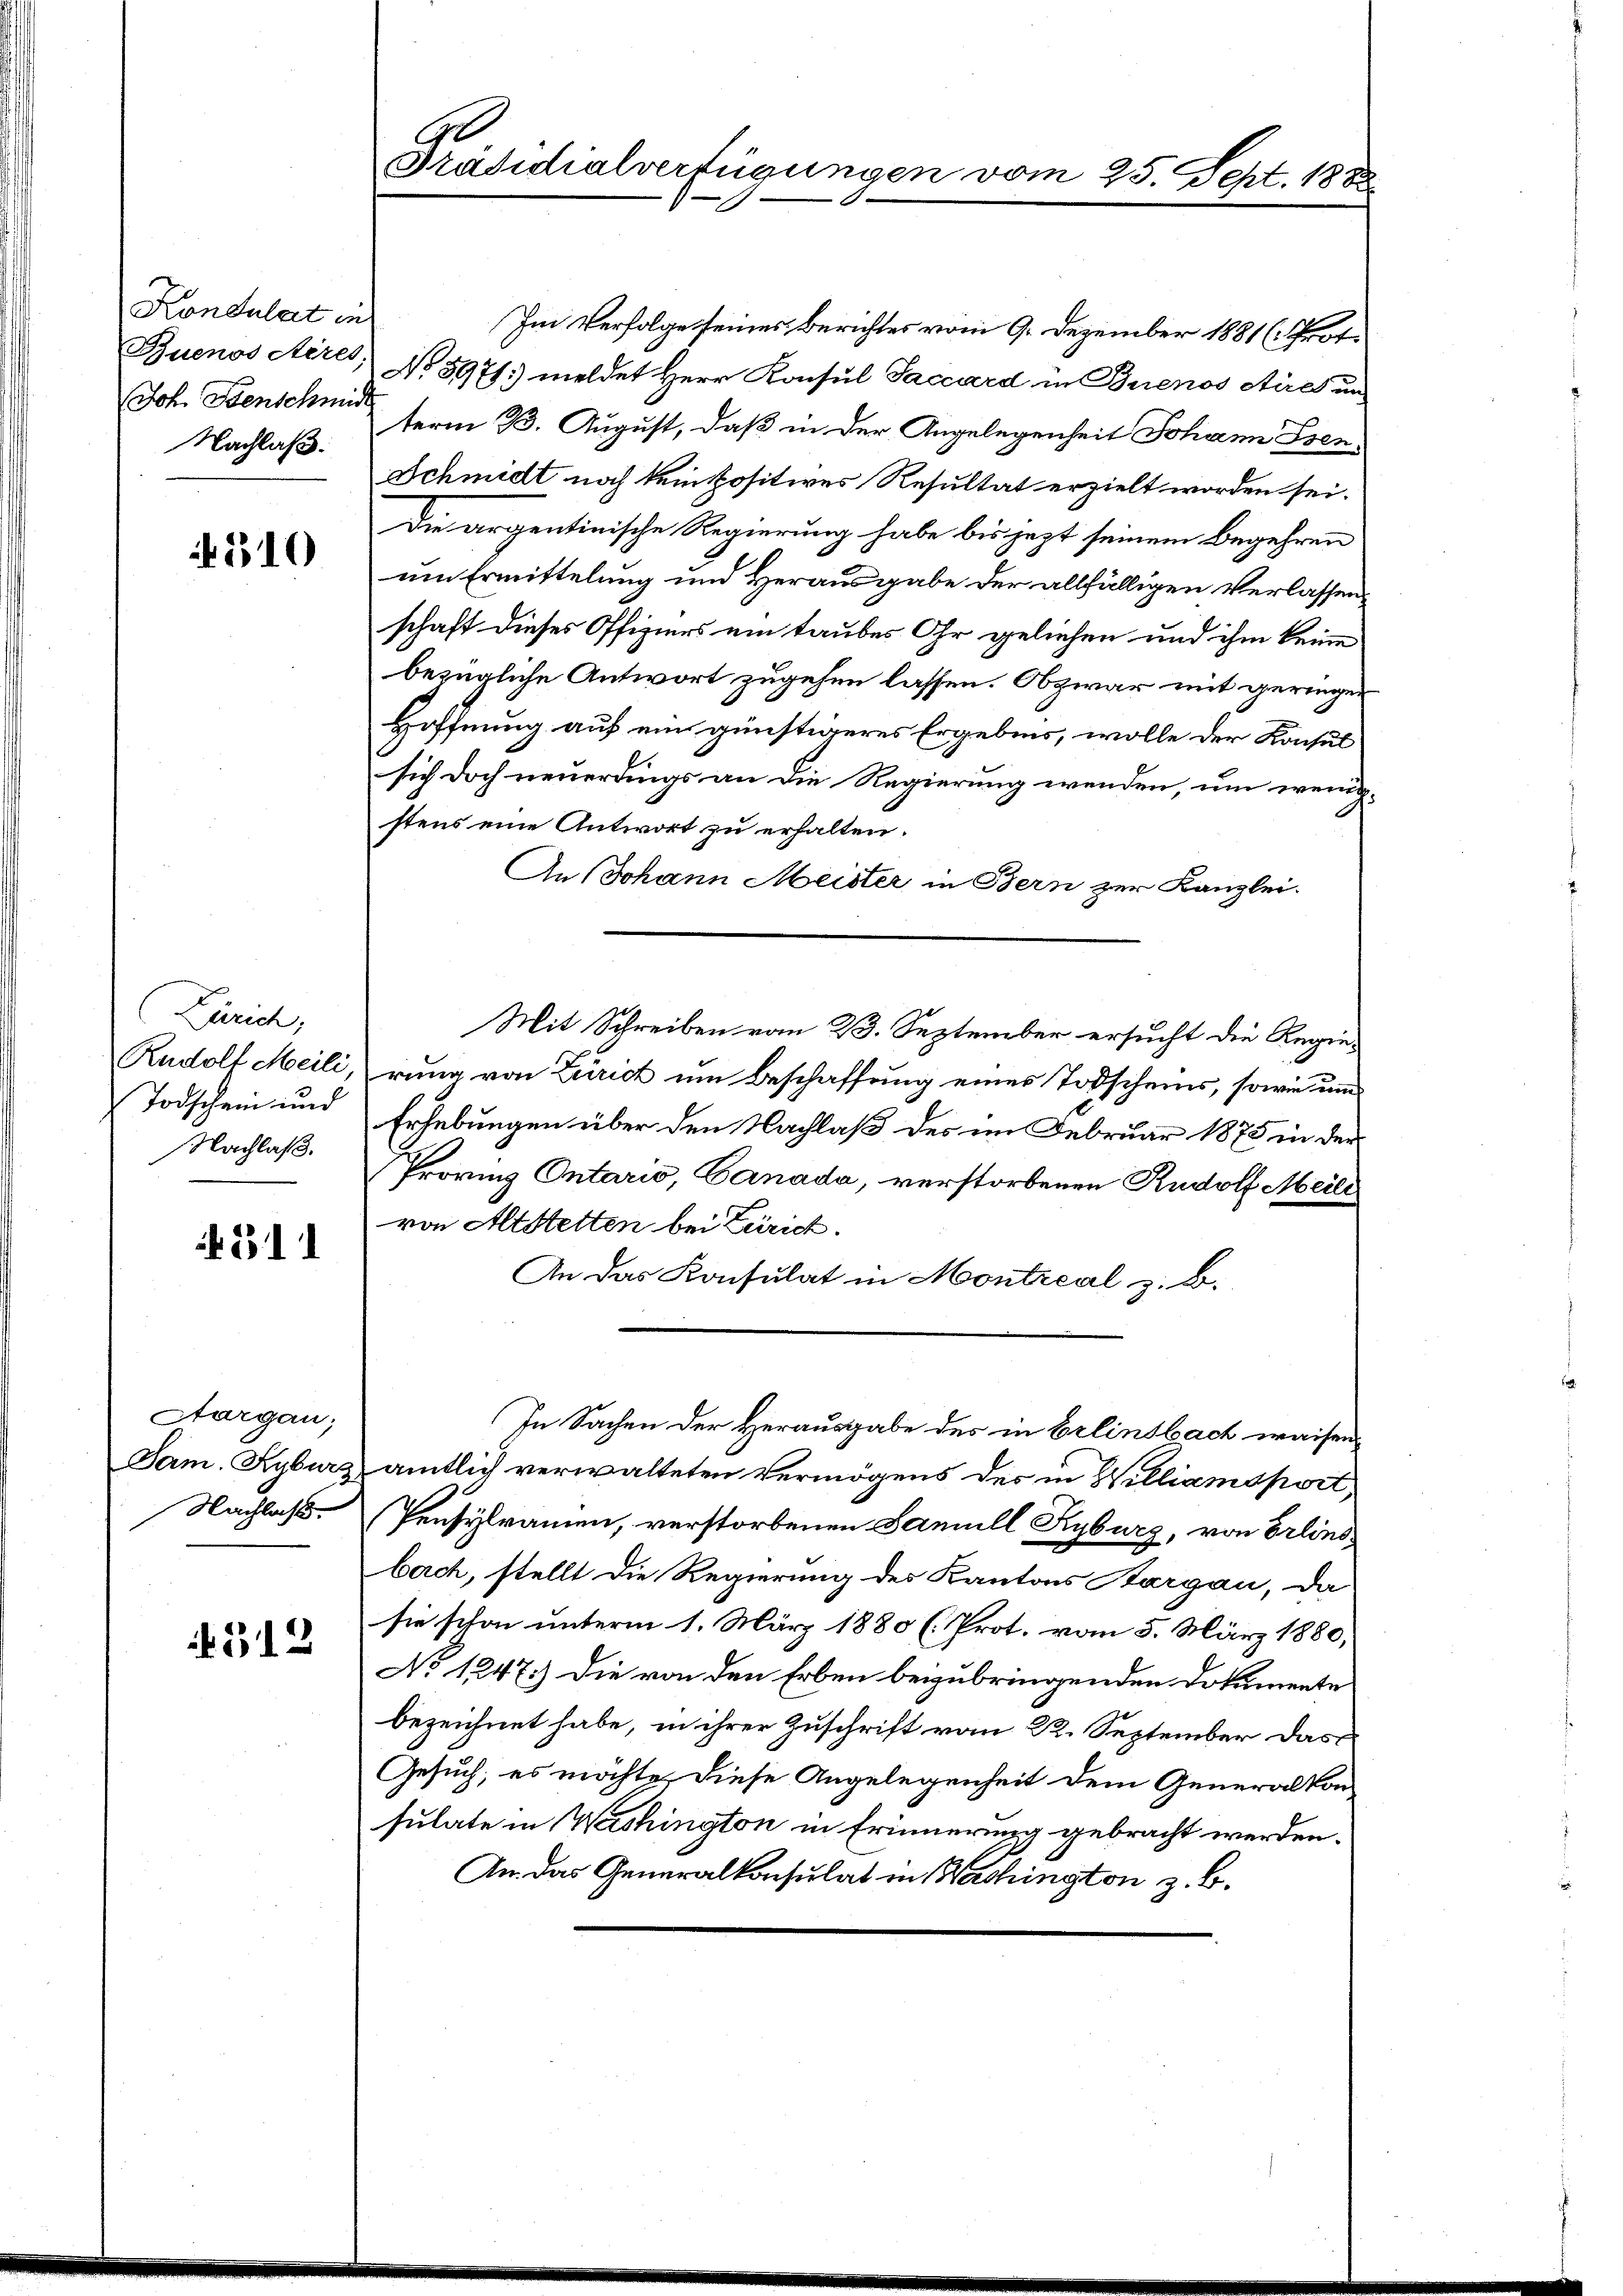
Kondulat in
Buenos Aires.
Joh. Menschmid
Nachlaß.

310

Zürich,
Rudolf Meili,
Todschein und
Nachlaß.

if. 311

Aargau;
Jam. Kyburg
Nachlass

312

Präsidialverfügungen vo

Im Verfolge seines Berichtes vom 9. Dezember 1881 (Prof.
No 8971) meldet Herr Konsul Saccard in Buenos Aires un
term B. August, daß in der Angelegenheit Johann Isen¬
Schmidt noch kein positives Resultat erzielt worden sei.
Die argentinische Regierung habe bis jetzt seinem Begehren
um Ermittelung und Herausgabe der allfälligen Verlassenschaft dieses Offiziers ein taubes Ohr geliehen und ihm keine
bezügliche Antwort zugehen lassen. Obzwar mit geringer
Hoffnung auf ein günstigeres Ergebnis, wolle der Konsul
sich doch neuerdings an die Regierung wenden, um wenig
stens eine Antwort zu erhalten.
An Johann Meister in Bern zur Kanzlei.
Mit Schreiben vom 23. September ersucht die Regierung von Zürich um Beschaffung eines Todscheins, sowie um
Erhebungen über den Nachlaß des im Februar 1875 in der
Provinz Ontario, Canada, verstorbenen Rudolf Meili
von Altstetten bei Zürich.
An das Konsulat in Montreal z. B.
In Sachen der Herausgabe des in Erlinsbach waisenamtlich verwalteten Vermögens des in Williamsport,
Pensylramen, verstorbenen Famull Kyburg, von Erlinsbach, stellt die Regierung des Kantons Kargau, da
sie schon unterm 1. März 1880 (Prot. vom 5. März 1880;
No 1247.) Die von den Erben beizubringenden Dokumente
bezeichnet habe, in ihrer Zuschrift vom 22. September das
Gesuch, es möchte, diese Angelegenheit dem Generalkon
sulate in Washington in Erinnerung gebracht werden.
An das Generalkonsulat in Washington z. B.

am 25. Sept. 188